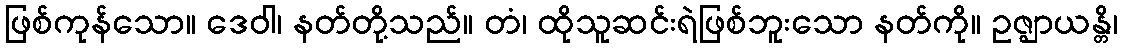
ဖြစ်ကုန်သော။ ဒေဝါ၊ နတ်တို့သည်။ တံ၊ ထိုသူဆင်းရဲဖြစ်ဘူးသော နတ်ကို။ ဥဇ္ဈာယန္တိ၊